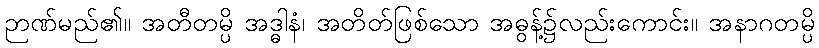
ဉာဏ်မည်၏။ အတီတမ္ပိ အဒ္ဓါနံ၊ အတိတ်ဖြစ်သော အဓွန့်၌လည်းကောင်း။ အနာဂတမ္ပိ